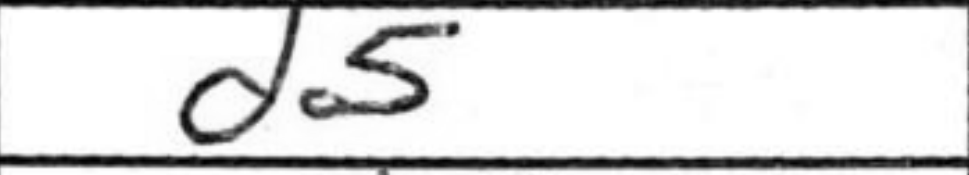
Transcription: d5